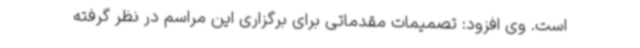
است. وی افزود: تصمیمات مقدماتی برای برگزاری این مراسم در نظر گرفته